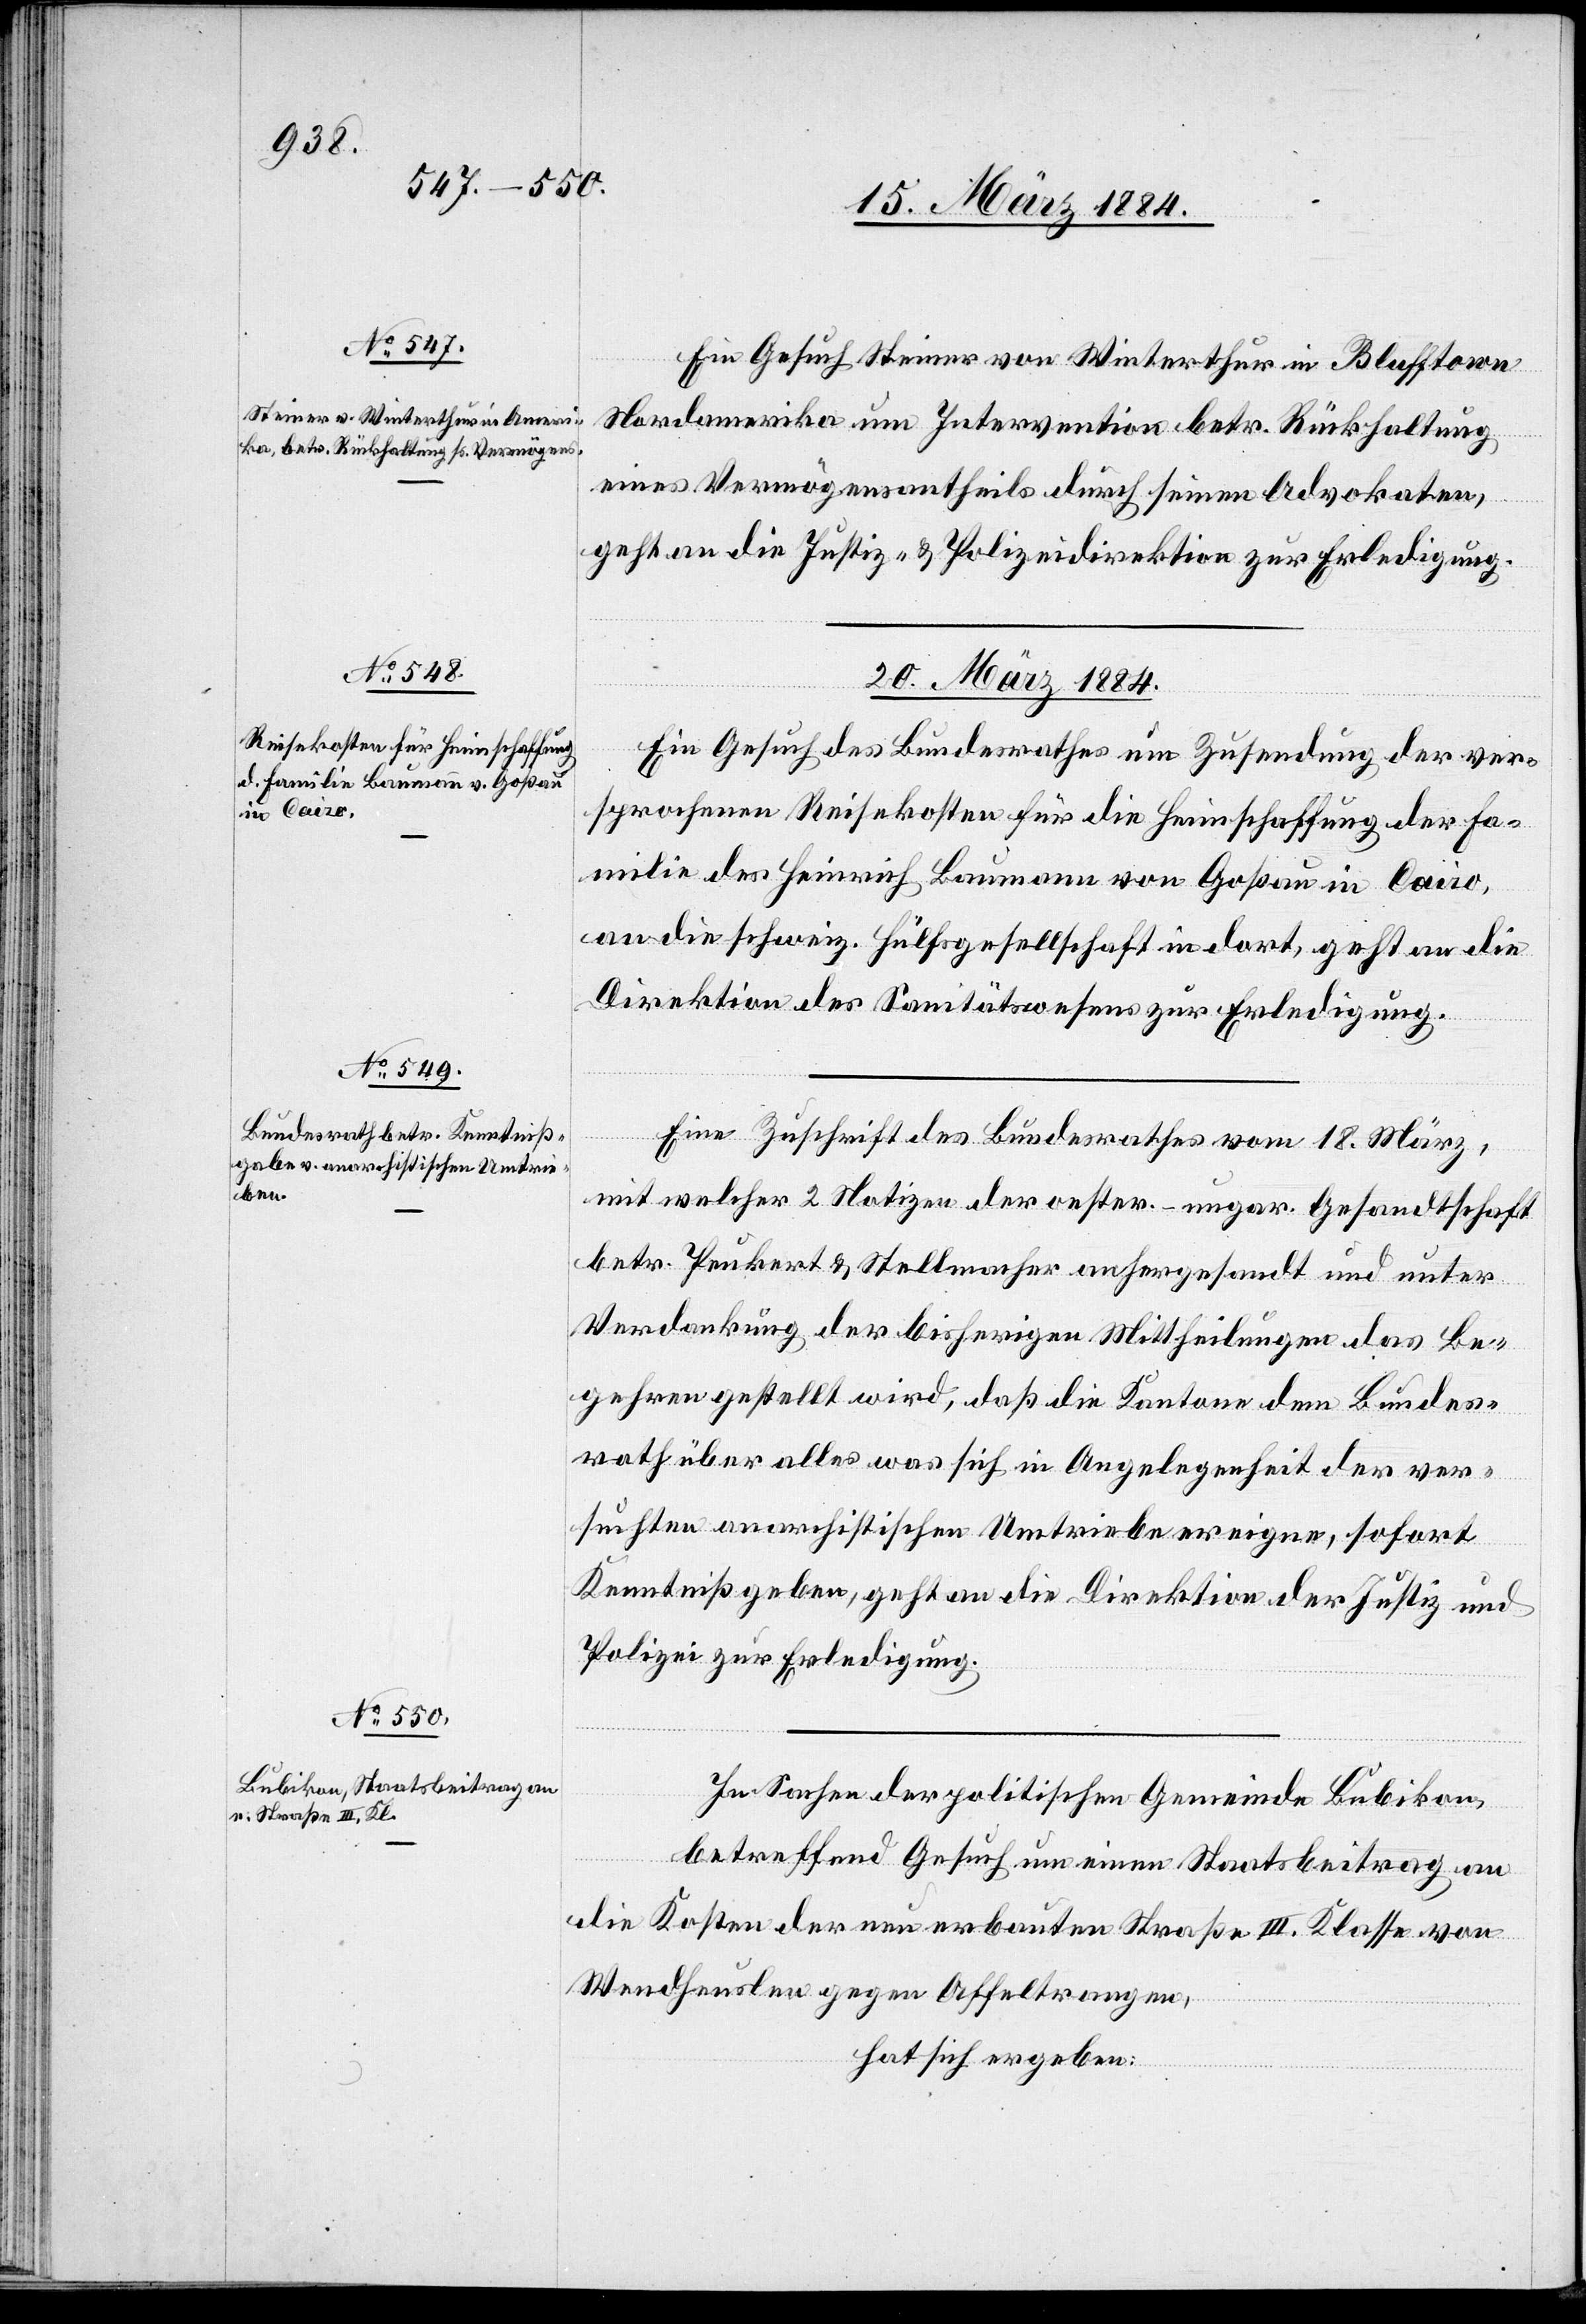
18. März 1884.]
Ein Gesuch des Steiner von Winterthur in Blufftown
Nordamerika um Intervention betr. Rückhaltung
eines Vermögensantheils durch seinen Advokaten,
geht an die Justiz- & Polizeidirektion zur Erledigung.
20. März 1884.]
Ein Gesuch des Bundesrathes um Zusendung der ver¬
sprochenen Reisekosten für die Heimschaffung der Fa¬
milie des Heinrich Baumann von Goßau in Cairo,
an die schweiz. Hülfsgesellschaft in dort, geht an die
Direktion des Sanitätswesens zur Erledigung.
Eine Zuschrift des Bundesrathes vom 18. März,
mit welcher 2 Notizen der oester.-ungar. Gesandtschaft
betr. Peukert & Stellmacher anhergesandt und unter
Verdankung der bisherigen Mittheilungen das Be¬
gehren gestellt wird, daß die Kantone dem Bundes¬
rath über alles was sich in Angelegenheit der ver¬
suchten anarchistischen Umtriebe ereigne, sofort
Kenntniß geben, geht an die Direktion der Justiz und
Polizei zur Erledigung.
In Sachen der politischen Gemeinde Bubikon,
betreffend Gesuch um einen Staatsbeitrag an
die Kosten der neu erbauten Straße III. Klasse von
Wendheuslen gegen Affeltrangen,
hat sich ergeben: